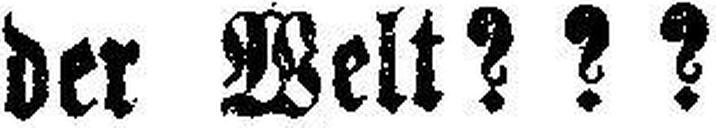
der Welt ? ? ?